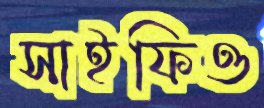
সাইফিও